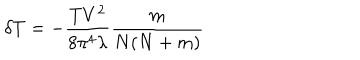
LaTeX: \delta T = - \frac { T V ^ { 2 } } { 8 \pi ^ { 4 } \lambda } \frac { m } { N ( N + m ) }